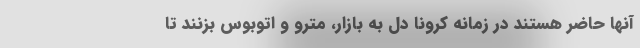
آنها حاضر هستند در زمانه کرونا دل به بازار، مترو و اتوبوس بزنند تا